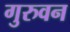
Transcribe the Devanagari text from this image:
गुरुवन